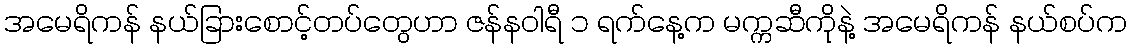
အမေရိကန် နယ်ခြားစောင့်တပ်တွေဟာ ဇန်နဝါရီ ၁ ရက်နေ့က မက္ကဆီကိုနဲ့ အမေရိကန် နယ်စပ်က